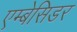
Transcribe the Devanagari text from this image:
एम्बेसिडर